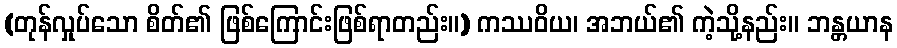
(တုန်လှုပ်သော စိတ်၏ ဖြစ်ကြောင်းဖြစ်ရာတည်း။) ကဿဝိယ၊ အဘယ်၏ ကဲ့သို့နည်း။ ဘန္တယာန